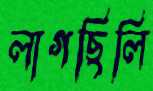
লাগছিলি